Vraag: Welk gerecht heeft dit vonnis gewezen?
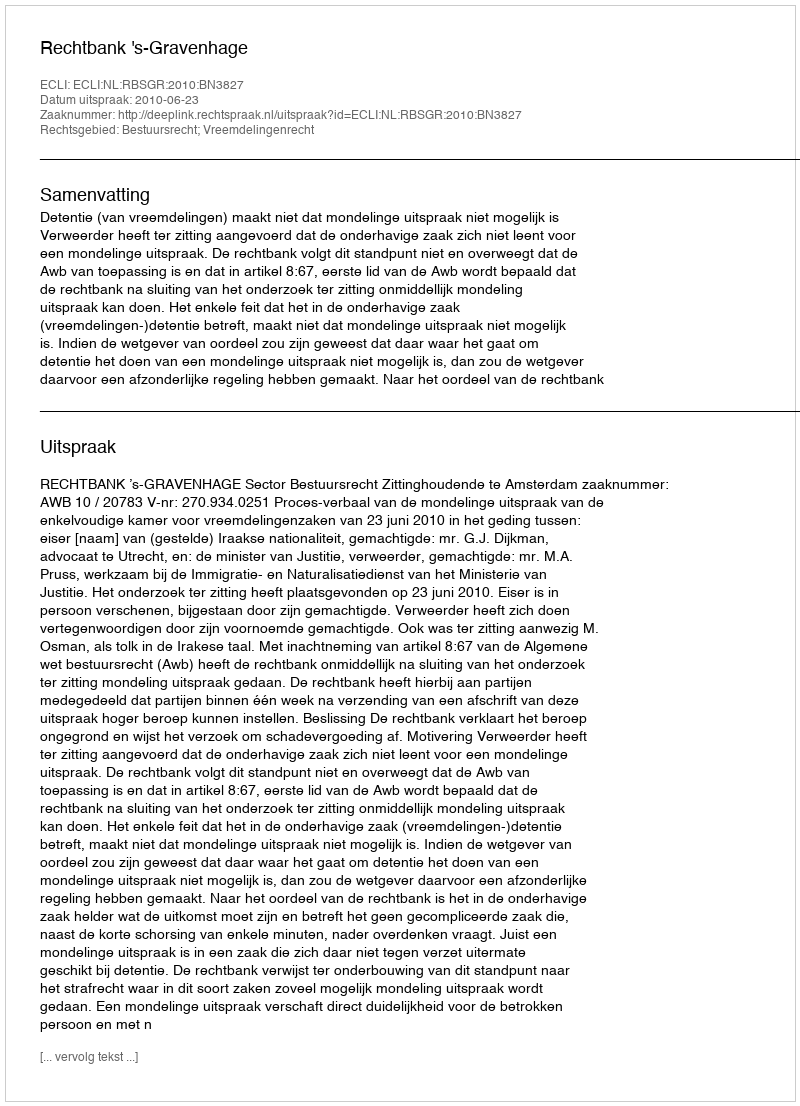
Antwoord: Rechtbank 's-Gravenhage